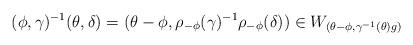
LaTeX: \begin{align*} (\phi, \gamma)^{-1}(\theta,\delta) = (\theta-\phi, \rho_{-\phi}(\gamma)^{-1} \rho_{-\phi}(\delta) ) \in W_{(\theta-\phi, \gamma^{-1}(\theta)g)} \end{align*}